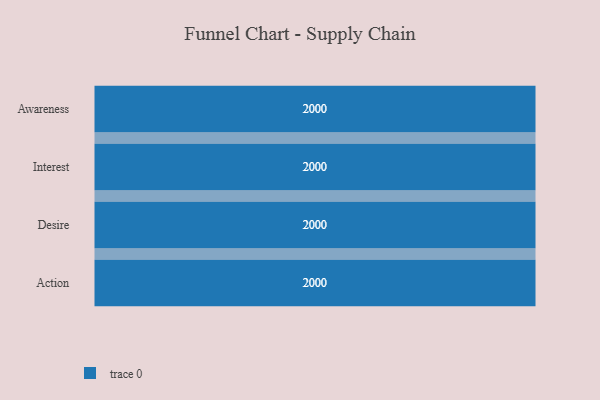
{"axis": {"x": "Stage", "y": "Value"}, "legend": [""], "data": [{"x": "Awareness", "y": 2000, "type": ""}, {"x": "Interest", "y": 2000, "type": ""}, {"x": "Desire", "y": 2000, "type": ""}, {"x": "Action", "y": 2000, "type": ""}]}